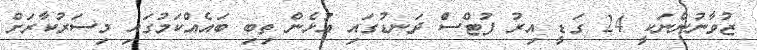
ޒުވާނުންނަކީ 24 ގަޑީ އިރު ފުޓްސެް ދަނޑުގައި އުޅެން ތިބި ބައެއްކަމުގައި މިސަރުކާރަށް